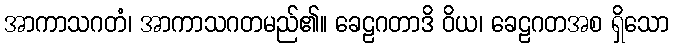
အာကာသဂတံ၊ အာကာသဂတမည်၏။ ခေဠဂတာဒိ ဝိယ၊ ခေဠဂတအစ ရှိသော